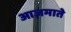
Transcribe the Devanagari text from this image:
आज़माते